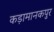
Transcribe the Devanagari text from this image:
कड़ामानकपुर